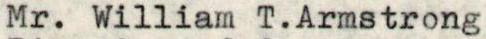
Mr. William T.Armstrong